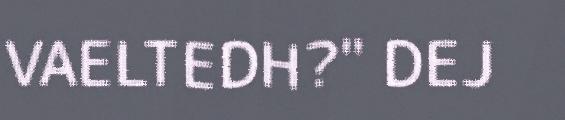
VAELTEDH?" DEJ